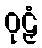
ဝုဠှံ